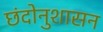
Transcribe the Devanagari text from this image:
छंदोनुशासन